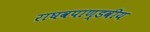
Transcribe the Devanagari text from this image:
राघवपाण्डवीय